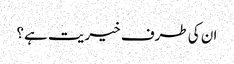
ان کی طرف خیریت ہے؟